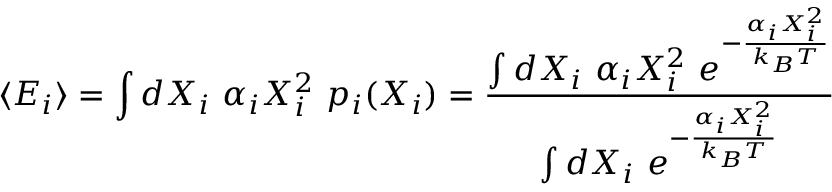
\langle E _ { i } \rangle = \int d X _ { i } \, \, \alpha _ { i } X _ { i } ^ { 2 } \, \, p _ { i } ( X _ { i } ) = { \frac { \int d X _ { i } \, \, \alpha _ { i } X _ { i } ^ { 2 } \, \, e ^ { - { \frac { \alpha _ { i } X _ { i } ^ { 2 } } { k _ { B } T } } } } { \int d X _ { i } \, \, e ^ { - { \frac { \alpha _ { i } X _ { i } ^ { 2 } } { k _ { B } T } } } } }